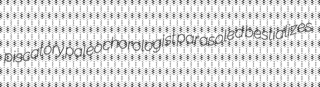
piscatory paleochorologist parasoled bestializes